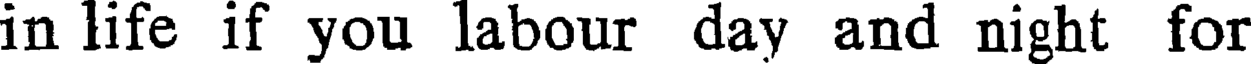
in life if you labour day and night for